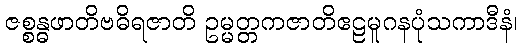
ဇစ္စန္ဓဖာတိဗဓိရဇာတိ ဥမ္မတ္တကဇာတိဧဠမူဂနပုံသကာဒီနံ၊